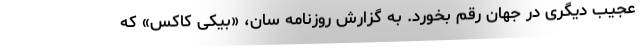
عجیب دیگری در جهان رقم بخورد. به گزارش روزنامه سان، «بیکی کاکس» که